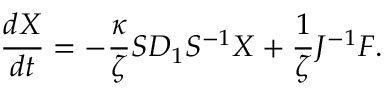
\frac { d X } { d t } = - \frac { \kappa } { \zeta } S D _ { 1 } S ^ { - 1 } X + \frac { 1 } { \zeta } J ^ { - 1 } F .